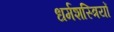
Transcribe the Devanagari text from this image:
धर्मशस्त्रियों